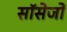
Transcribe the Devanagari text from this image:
सॉसेजों